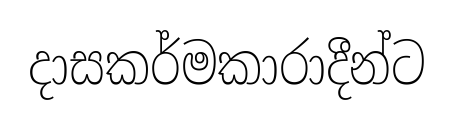
දාසකර්මකාරාදීන්ට